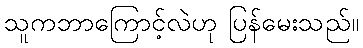
သူကဘာကြောင့်လဲဟု ပြန်မေးသည်။